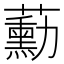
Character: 蘍